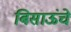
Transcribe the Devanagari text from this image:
बिसाऊंचे